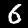
Label: 6